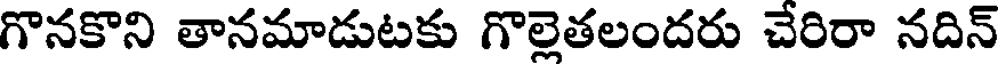
గొనకొని తానమాడుటకు గొల్లెతలందరు చేరిరా నదిన్